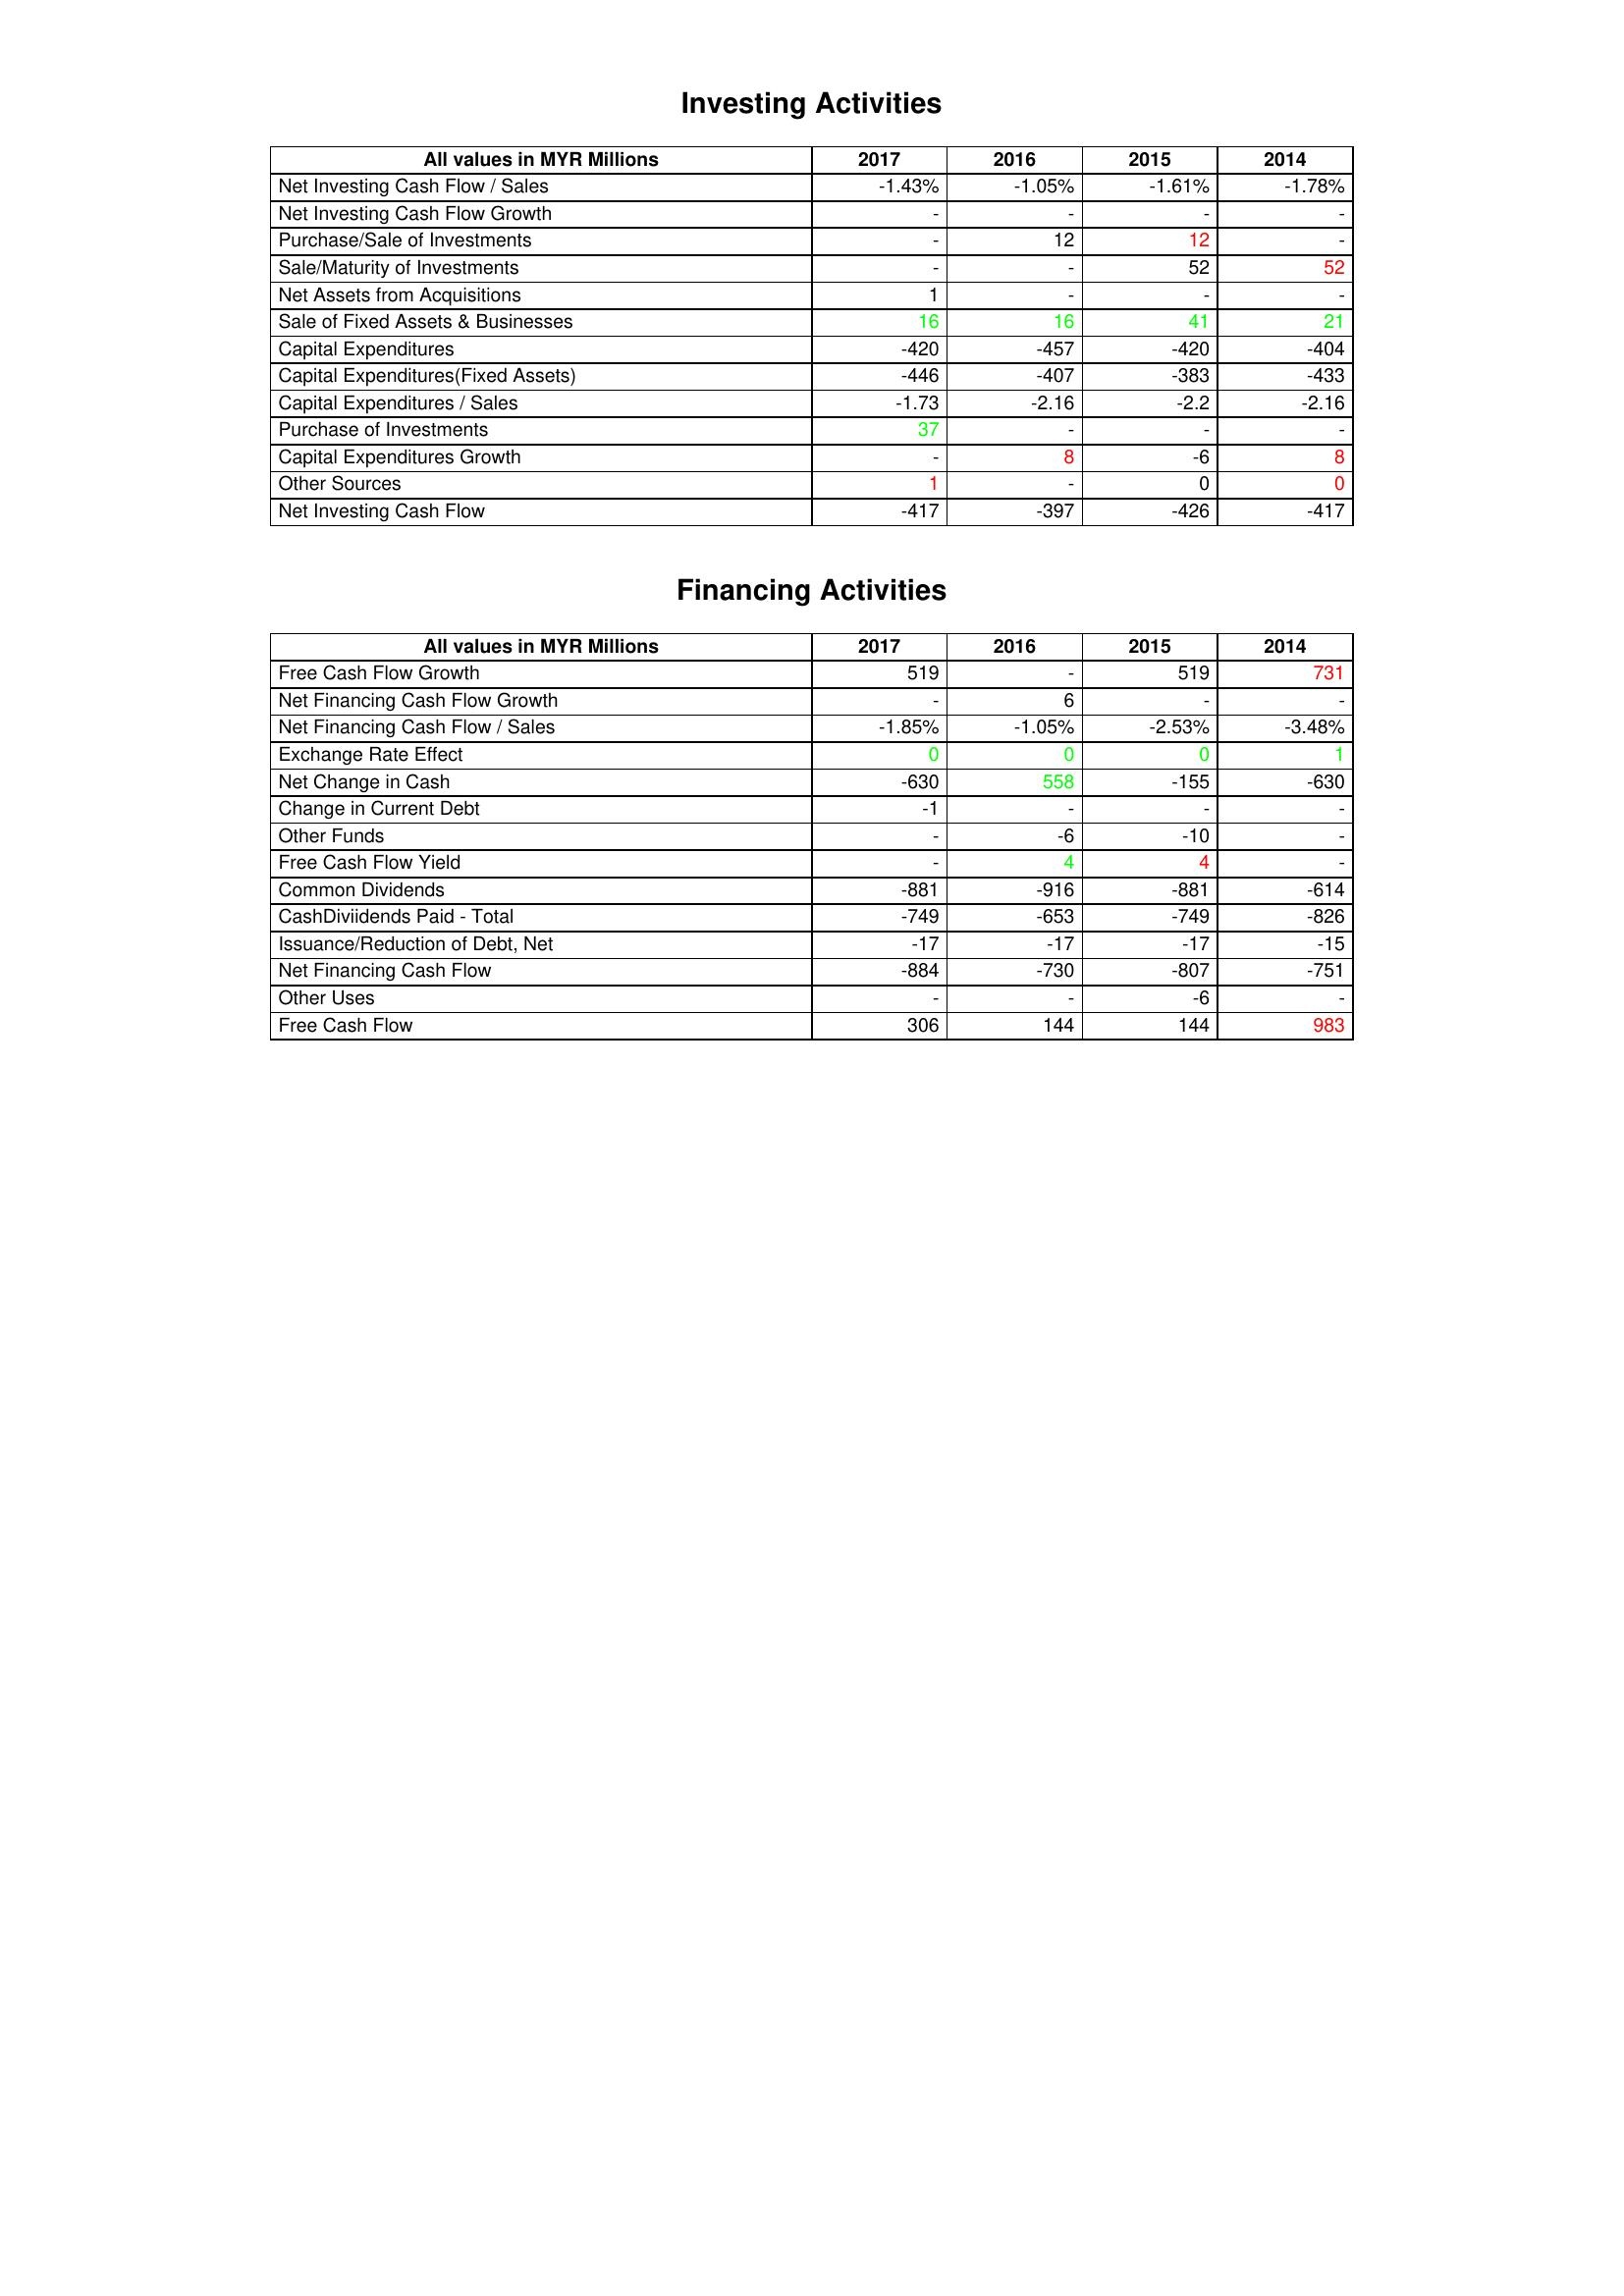
gt_parse: 2017: Investing Activities: Net Investing Cash Flow / Sales: -1.43%
Net Investing Cash Flow Growth: -
Purchase/Sale of Investments: -
Sale/Maturity of Investments: -
Net Assets from Acquisitions: 1
Sale of Fixed Assets & Businesses: 16
Capital Expenditures: -420
Capital Expenditures(Fixed Assets): -446
Capital Expenditures / Sales: -1.73
Purchase of Investments: 37
Capital Expenditures Growth: -
Other Sources: 1
Net Investing Cash Flow: -417
Financing Activities: Free Cash Flow Growth: 519
Net Financing Cash Flow Growth: -
Net Financing Cash Flow / Sales: -1.85%
Exchange Rate Effect: 0
Net Change in Cash: -630
Change in Current Debt: -1
Other Funds: -
Free Cash Flow Yield: -
Common Dividends: -881
CashDiviidends Paid - Total: -749
Issuance/Reduction of Debt, Net: -17
Net Financing Cash Flow: -884
Other Uses: -
Free Cash Flow: 306
2016: Investing Activities: Net Investing Cash Flow / Sales: -1.05%
Net Investing Cash Flow Growth: -
Purchase/Sale of Investments: 12
Sale/Maturity of Investments: -
Net Assets from Acquisitions: -
Sale of Fixed Assets & Businesses: 16
Capital Expenditures: -457
Capital Expenditures(Fixed Assets): -407
Capital Expenditures / Sales: -2.16
Purchase of Investments: -
Capital Expenditures Growth: 8
Other Sources: -
Net Investing Cash Flow: -397
Financing Activities: Free Cash Flow Growth: -
Net Financing Cash Flow Growth: 6
Net Financing Cash Flow / Sales: -1.05%
Exchange Rate Effect: 0
Net Change in Cash: 558
Change in Current Debt: -
Other Funds: -6
Free Cash Flow Yield: 4
Common Dividends: -916
CashDiviidends Paid - Total: -653
Issuance/Reduction of Debt, Net: -17
Net Financing Cash Flow: -730
Other Uses: -
Free Cash Flow: 144
2015: Investing Activities: Net Investing Cash Flow / Sales: -1.61%
Net Investing Cash Flow Growth: -
Purchase/Sale of Investments: 12
Sale/Maturity of Investments: 52
Net Assets from Acquisitions: -
Sale of Fixed Assets & Businesses: 41
Capital Expenditures: -420
Capital Expenditures(Fixed Assets): -383
Capital Expenditures / Sales: -2.2
Purchase of Investments: -
Capital Expenditures Growth: -6
Other Sources: 0
Net Investing Cash Flow: -426
Financing Activities: Free Cash Flow Growth: 519
Net Financing Cash Flow Growth: -
Net Financing Cash Flow / Sales: -2.53%
Exchange Rate Effect: 0
Net Change in Cash: -155
Change in Current Debt: -
Other Funds: -10
Free Cash Flow Yield: 4
Common Dividends: -881
CashDiviidends Paid - Total: -749
Issuance/Reduction of Debt, Net: -17
Net Financing Cash Flow: -807
Other Uses: -6
Free Cash Flow: 144
2014: Investing Activities: Net Investing Cash Flow / Sales: -1.78%
Net Investing Cash Flow Growth: -
Purchase/Sale of Investments: -
Sale/Maturity of Investments: 52
Net Assets from Acquisitions: -
Sale of Fixed Assets & Businesses: 21
Capital Expenditures: -404
Capital Expenditures(Fixed Assets): -433
Capital Expenditures / Sales: -2.16
Purchase of Investments: -
Capital Expenditures Growth: 8
Other Sources: 0
Net Investing Cash Flow: -417
Financing Activities: Free Cash Flow Growth: 731
Net Financing Cash Flow Growth: -
Net Financing Cash Flow / Sales: -3.48%
Exchange Rate Effect: 1
Net Change in Cash: -630
Change in Current Debt: -
Other Funds: -
Free Cash Flow Yield: -
Common Dividends: -614
CashDiviidends Paid - Total: -826
Issuance/Reduction of Debt, Net: -15
Net Financing Cash Flow: -751
Other Uses: -
Free Cash Flow: 983